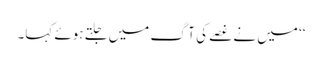
‘‘ میں نے غصے کی آگ میں جلتے ہوئے کہا۔